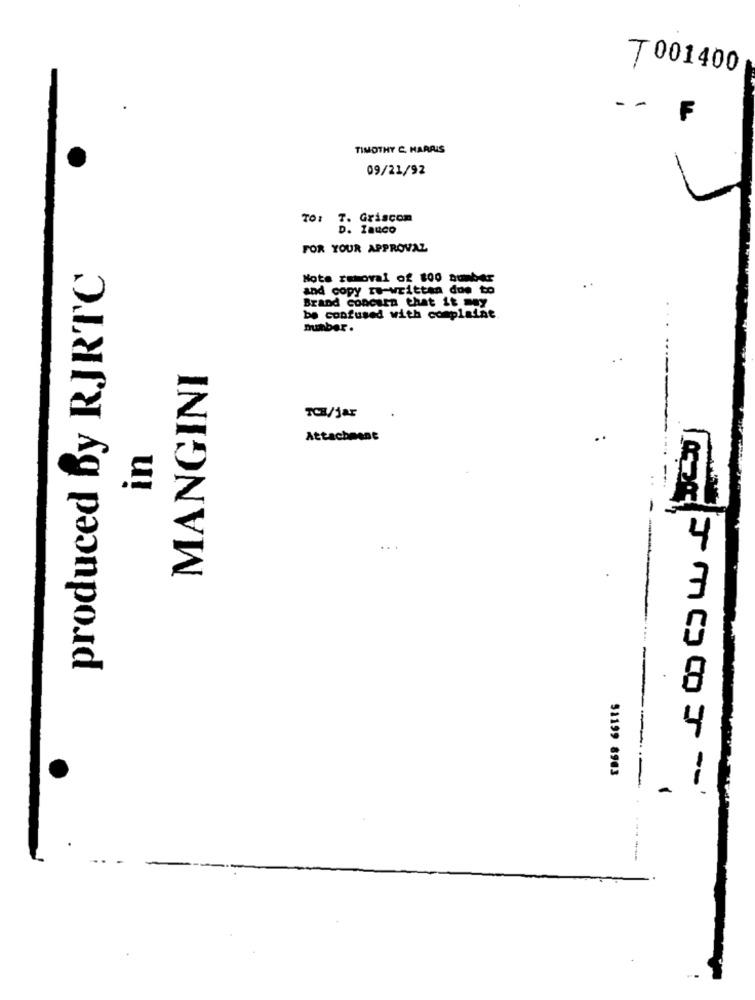
T 001400
--
F
TIMOTHY C. HARRIS
09/21/92
TO:
T. Griscom
D. ZauCO
FOR YOUR APPROVAZ
produced by RJRTC
Note removal of 100 number
and copy re-written due to
Brand Concura that it may
be confused with complaint.
number.
MANGINI
TC/jar
Attachment
..
in
R
4
51199 8963